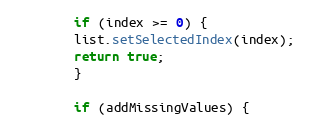
Language: Java
	    if (index >= 0) {
		list.setSelectedIndex(index);
		return true;
	    }

	    if (addMissingValues) {